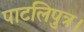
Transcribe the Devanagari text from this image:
पाटलिपुत्र।